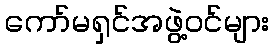
ကော်မရှင်အဖွဲ့ဝင်များ